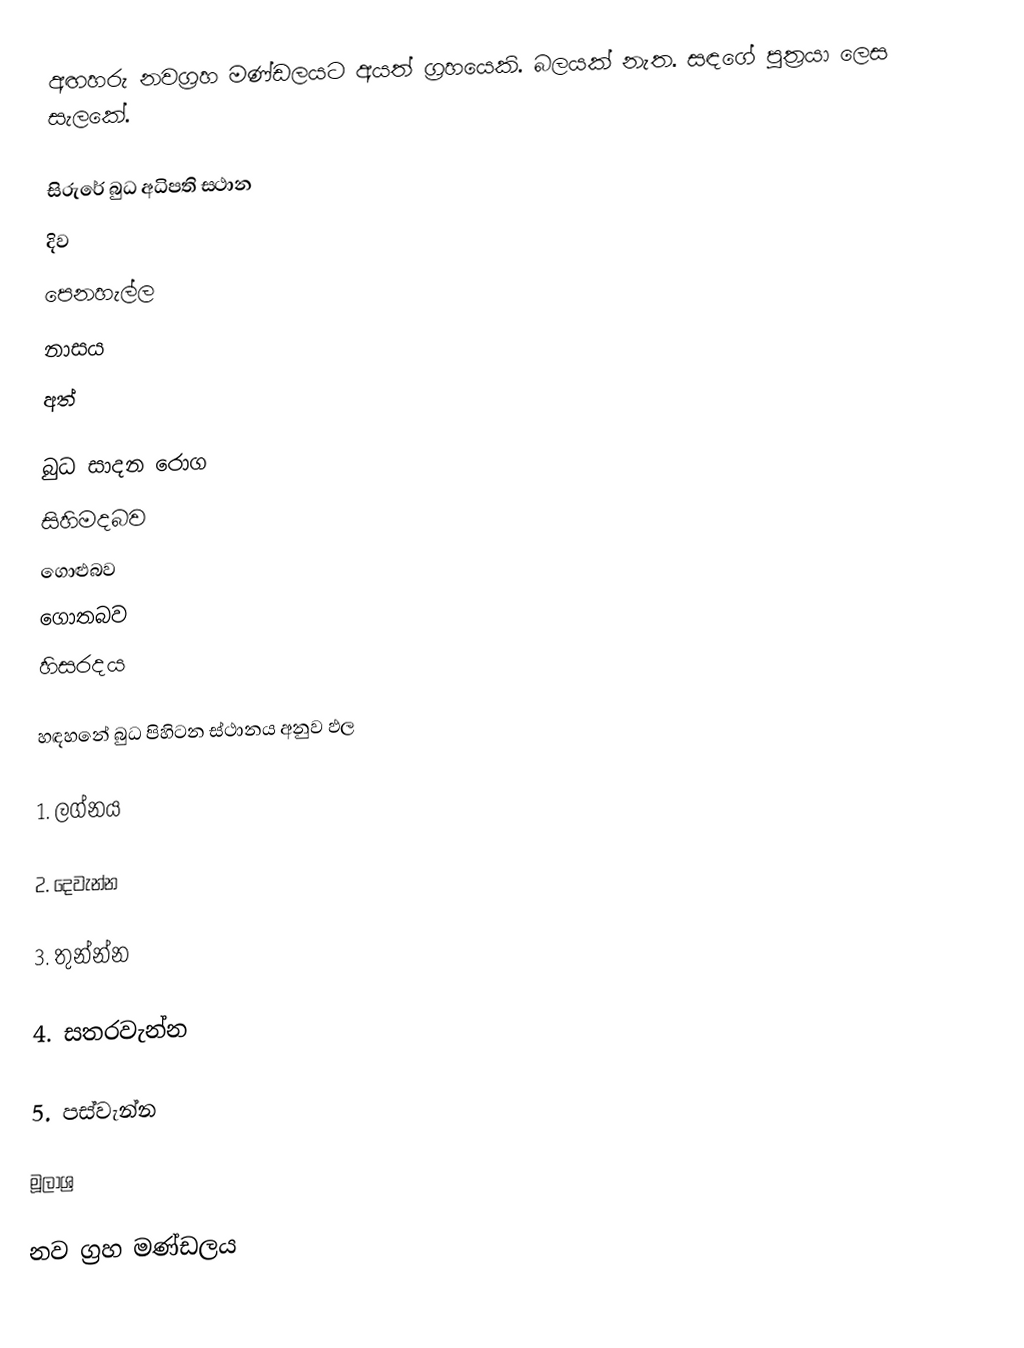
අඟහරු නවග්‍රහ මණ්ඩලයට අයත් ග්‍රහයෙකි. බලයක් නැත.  සඳගේ පුත්‍රයා ලෙස සැලකේ.

සිරුරේ බුධ අධිපති ස‍්ථාන
 දිව
 පෙනහැල්ල
 නාසය
 අත්

බුධ සාදන රොග
 සිහිමදබව
 ගොළුබව
 ගොතබව
 හිසරදය

හඳහනේ බුධ පිහිටන ස්ථානය අනුව ඵල

1. ලග්නය

2. දෙවැන්න

3. තුන්න්න

4. සතරවැන්න

5. පස්වැන්න

මූලාශ්‍ර​

නව ග්‍රහ මණ්ඩලය